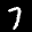
Label: 7